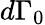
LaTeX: d\Gamma_{0}